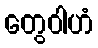
တွေဝါဟံ